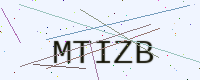
Text: MTIZB